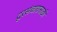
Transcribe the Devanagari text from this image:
दूरसंचारासाठी